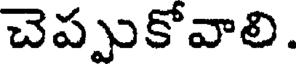
చెప్పుకోవాలి.